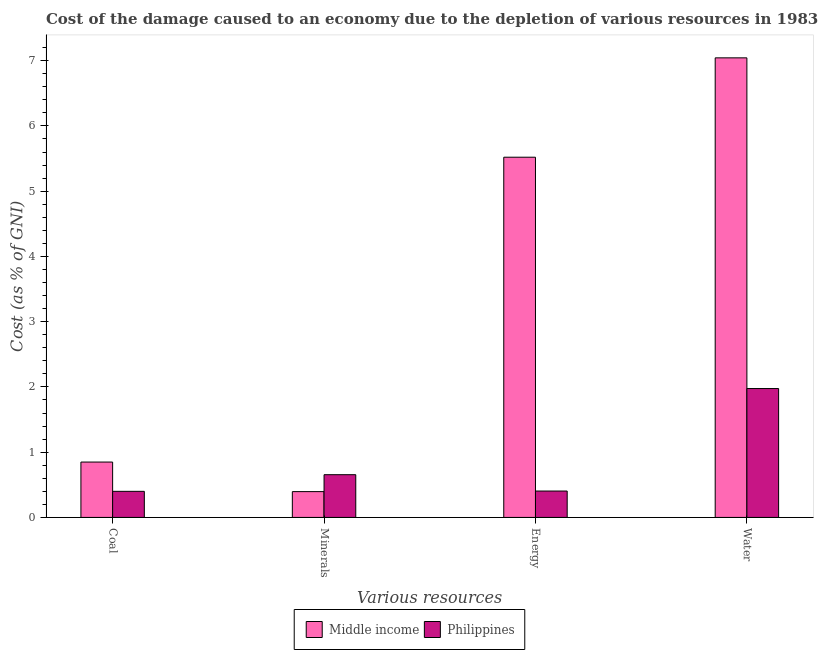
| Various resources | Middle income | Philippines |
 | --- | --- | --- |
 | Coal | 0.849 | 0.4 |
 | Minerals | 0.396 | 0.655 |
 | Energy | 5.52 | 0.404 |
 | Water | 7.04 | 1.98 |